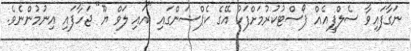
ނަގާފައިވާ ސެލްފީއެއް ޕޯސްޓުކުރުމަށްފަހު އޭގެ ކެޕްޝަންގައި "އައި ލަވް ޔޫ" ޖަހާފައި އިނުމުންނެވެ.